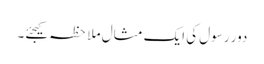
دور رسول کی ایک مثال ملاحظہ کیجئے۔